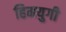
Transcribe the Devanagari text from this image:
हिमयुगी